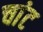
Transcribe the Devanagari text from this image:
चांट